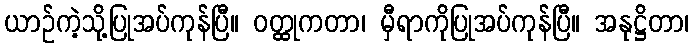
ယာဉ်ကဲ့သို့ပြုအပ်ကုန်ပြီ။ ဝတ္ထုကတာ၊ မှီရာကိုပြုအပ်ကုန်ပြီ။ အနုဋ္ဌိတာ၊